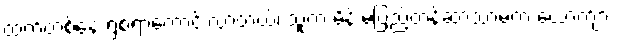
ထက်တစ်နေ့ ရွံစရာကောင်းလာတယ်၊ သူက မိန်းမပြည့်တန်ဆာသာမက ယောက်ျား